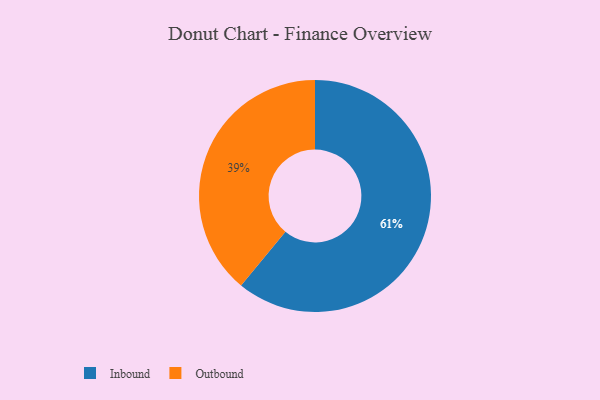
{"axis": {"x": "Category", "y": "Percentage"}, "legend": ["Inbound", "Outbound"], "data": [{"x": "Inbound", "y": 61, "type": "Inbound"}, {"x": "Outbound", "y": 39, "type": "Outbound"}]}